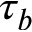
\tau _ { b }